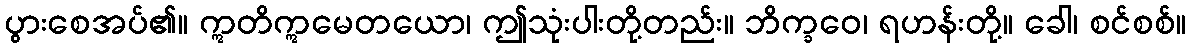
ပွားစေအပ်၏။ ဣတိဣမေတယော၊ ဤသုံးပါးတို့တည်း။ ဘိက္ခဝေ၊ ရဟန်းတို့။ ခေါ၊ စင်စစ်။